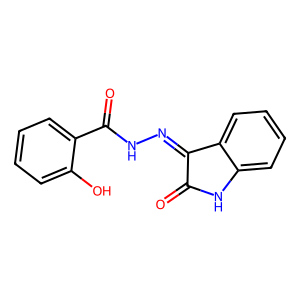
SMILES: O=C1Nc2ccccc2C1=NNC(=O)c1ccccc1O
Inhibits HIV replication: No